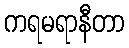
ကရမရာနီတာ